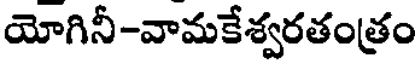
యోగినీ-వామకేశ్వరతంత్రం